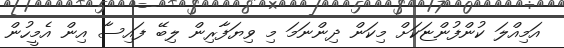
އަމިއްލަ ކުންފުންޏަކަށް މިކަން ދިންނަމަ މި ވިޔަފާރިން ލިބޭ ފައިސާ އިން އެމީހުން